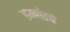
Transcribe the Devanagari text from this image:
इग्लंडचे